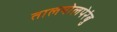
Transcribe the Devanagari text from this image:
तालयोलपेरंबु